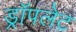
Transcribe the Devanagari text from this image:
ड्रॉपलेट